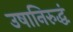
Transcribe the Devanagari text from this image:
उषानिरुद्धं